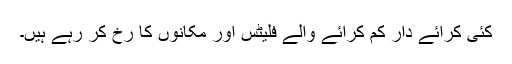
کئی کرائے دار کم کرائے والے فلیٹس اور مکانوں کا رْخ کر رہے ہیں۔